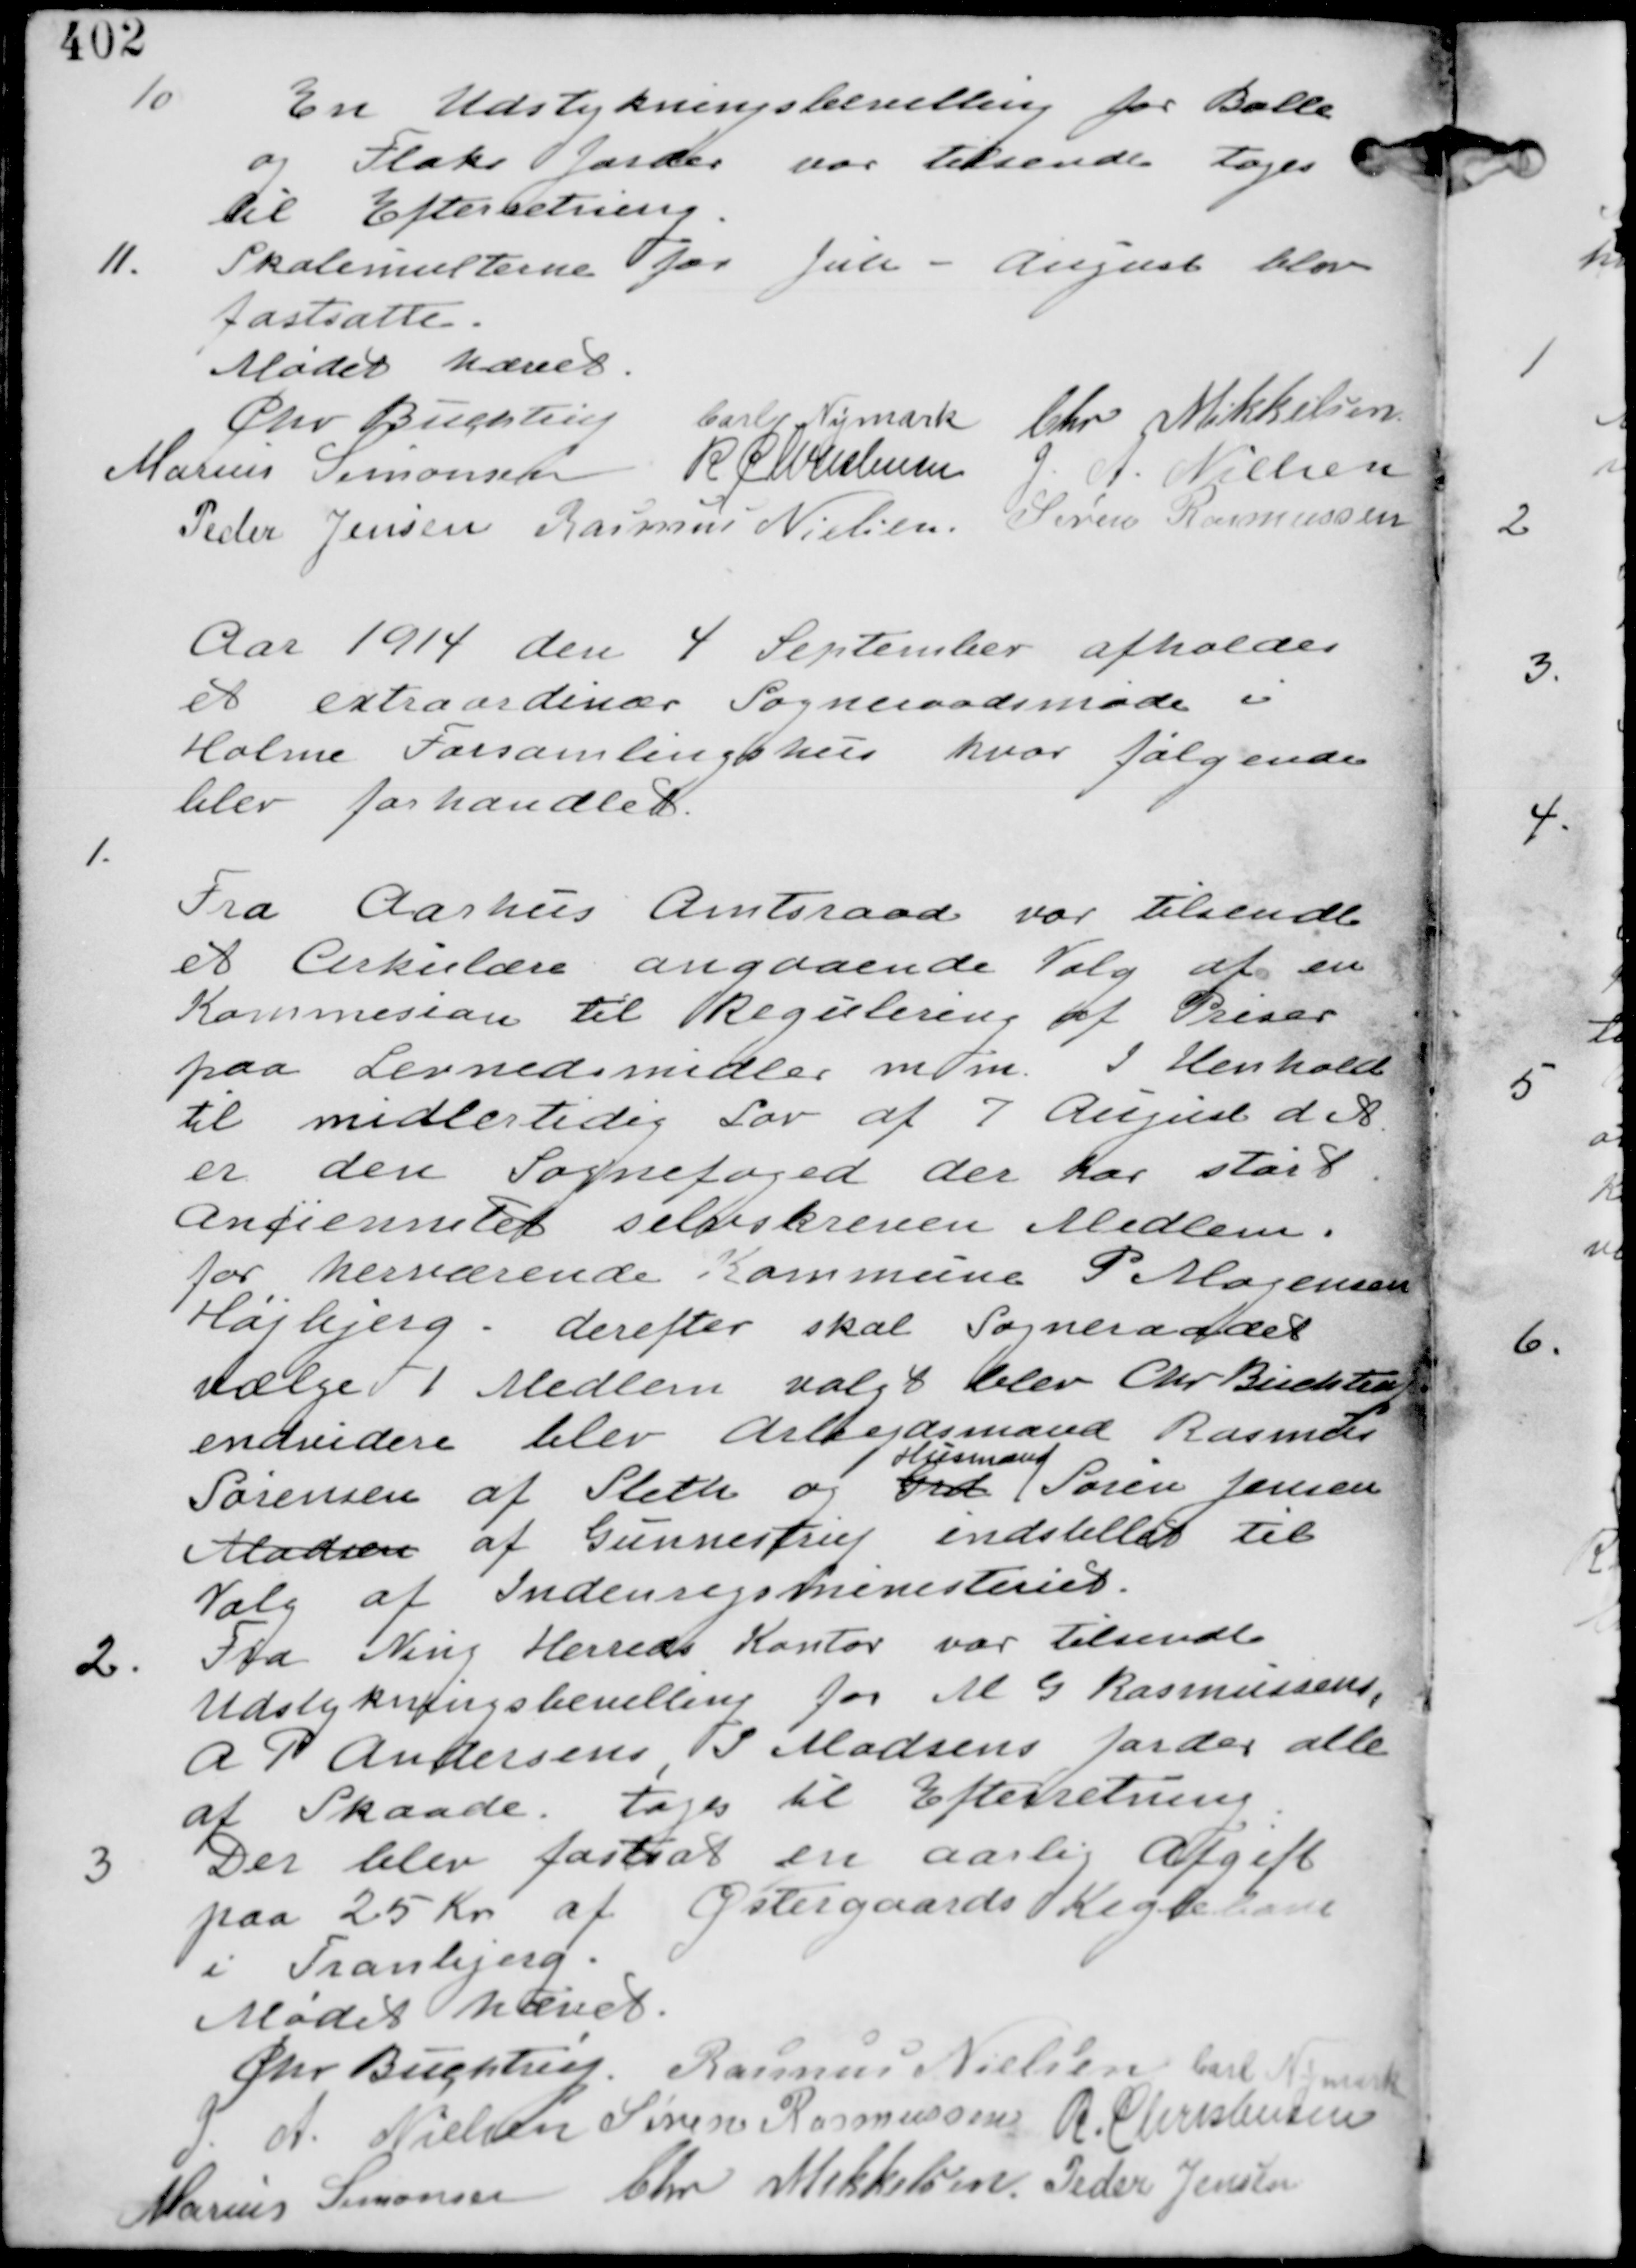
Transskription:
10.
En Udstykningsbevilling for Balle
og Flaks Jorder var tilsendt tages
til Efterretning.

11.
Skolemulterne for Juli - August blev
fastsatte.

Mødet hævet
Chr Buchtrup Carl Nymark Chr Mikkelsen
Marius Simonsen R Christensen G. A. Nielsen
Peder Jensen Rasmus Nielsen Søren Rasmussen

Aar 1914 den 4 September afholdes
et extraordinær Sogneraadsmøde i
Holme Forsamlingshus hvor følgende
blev forhandlet

1.
Fra Aarhus Amtsraad var tilsendt
et Cirkulære angaaende Valg af en
Kommision til Regulering af Priser
paa Levnedsmidler m m I Henhold
til midlertidig Lov af 7 August d A
er den Sognefoged der har størst
Ancienitet selvskreven Medlem
for herværende Kommune P Mogensen
Højbjerg. derefter skal Sogneraadet
vælge 1 Medlem valgt blev Chr Buchtrup
endvidere blev Arbejdsmand Rasmus
Sørensen af Sleth og Grd
Husmand
Søren Jensen
Madsen af Gunnestrup indstillet til
Valg af Indenrigsministeriet.

2. Fra Ning Herreds Kontor var tilsendt
Udstykningsbevilling for M G Rasmussens,
A P Andersens, I Madsens Jorder alle
af Skaade. tages til Efterretning

3
Der blev fastsat en aarlig Afgift
paa 25 Kr af Østergaards Keglebane
i Tranbjerg

Mødet hævet
Chr Buchtrup. Rasmus Nielsen Carl Nymark
G. A. Nielsen Søren Rasmussen R Christensen
Marius Simonsen Chr Mikkelsen Peder Jensen